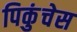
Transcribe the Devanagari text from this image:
पिकुंचेस